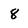
Character: 8